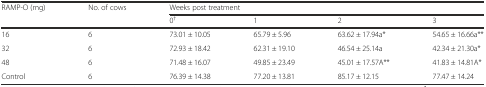
<table><thead><tr><td rowspan="2"><b>RAMP-O (mg)</b></td><td rowspan="2"><b>No. of cows</b></td><td colspan="4"><b>Weeks post treatment</b></td></tr><tr><td><b>0<sup>†</sup></b></td><td><b>1</b></td><td><b>2</b></td><td><b>3</b></td></tr></thead><tbody><tr><td>16</td><td>6</td><td>73.01 ± 10.05</td><td>65.79 ± 5.96</td><td>63.62 ± 17.94a*</td><td>54.65 ± 16.66a**</td></tr><tr><td>32</td><td>6</td><td>72.93 ± 18.42</td><td>62.31 ± 19.10</td><td>46.54 ± 25.14a</td><td>42.34 ± 21.30a*</td></tr><tr><td>48</td><td>6</td><td>71.48 ± 16.07</td><td>49.85 ± 23.49</td><td>45.01 ± 17.57A**</td><td>41.83 ± 14.81A*</td></tr><tr><td>Control</td><td>6</td><td>76.39 ± 14.38</td><td>77.20 ± 13.81</td><td>85.17 ± 12.15</td><td>77.47 ± 14.24</td></tr></tbody></table>